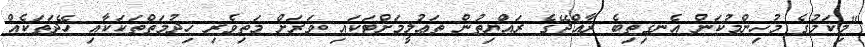
"މިކަމުގެ މުހިންމުކަން އެނގިތިބެ ރާއްޖޭގެ ރައްޔިތުން ތަޢުލީމަށްޓަކައި ވަރަށް މަތިވެރި ޚިދުމަތްތަކަކާއި ހޭދަތަކެއް